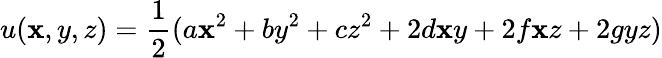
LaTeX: u(\mathbf{x},y,z)=\frac{{1}}{{2}}(a\mathbf{x}^{2}+by^{2}+cz^{2}+2d\mathbf{x}y+2f\mathbf{x}z+2gyz)